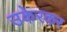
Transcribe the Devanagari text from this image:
उकेरकर